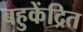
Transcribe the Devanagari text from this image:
बहुकेंद्रित